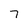
Character: 7